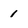
Character: 1